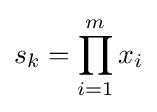
s_{k}=\prod _{i=1}^{m}x_{i}